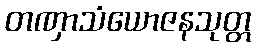
တဏှာသံယောဇနသုတ္တ